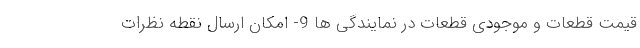
قیمت قطعات و موجودی قطعات در نمایندگی ها 9- امکان ارسال نقطه نظرات